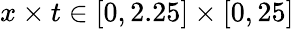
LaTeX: x\times t\in[0,2.25]\times[0,25]